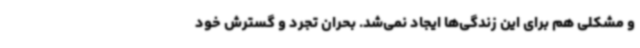
و مشکلی هم برای این زندگی‌ها ایجاد نمی‌شد. بحران تجرد و گسترش خود